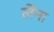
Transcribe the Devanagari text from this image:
लेंना